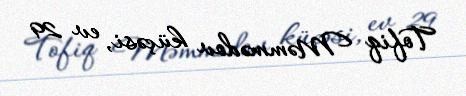
Tofiq Məmmədov küçəsi, ev 29